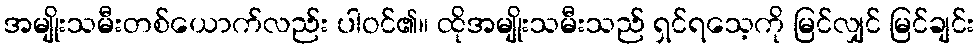
အမျိုးသမီးတစ်ယောက်လည်း ပါဝင်၏။ ထိုအမျိုးသမီးသည် ရှင်ရသေ့ကို မြင်လျှင် မြင်ချင်း